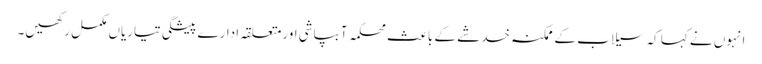
انہوں نے کہا کہ سیلاب کے ممکنہ خدشے کے باعث محکمہ آبپاشی اورمتعلقہ ادارے پیشگی تیاریاں مکمل رکھیں۔